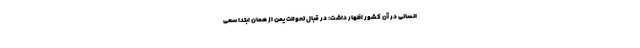
انسانی در آن کشور اظهار داشت: در قبال تحولات یمن از همان ابتدا سعی